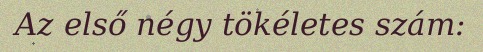
Az első négy tökéletes szám: